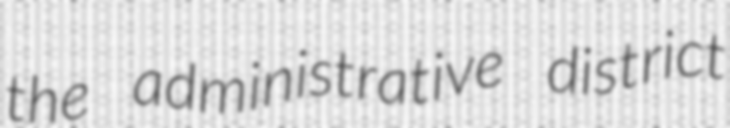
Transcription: the administrative district